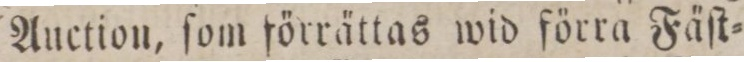
Auction, ſom förrättas wid förra Fäſt=